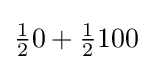
{\tfrac {1}{2}}0+{\tfrac {1}{2}}100